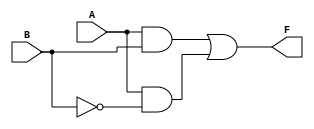
module KMap_2Var (
    input wire A, // 1-bit input A
    input wire B, // 1-bit input B
    output wire F // 1-bit output F
);

// Define the output logic based on the K-map
// Customize the logic according to the specific truth table requirements
assign F = (A & B) | (A & ~B); // Example logic: F = A*B + A*~B = A

endmodule